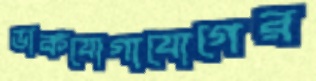
ডাকযোগাযোগের